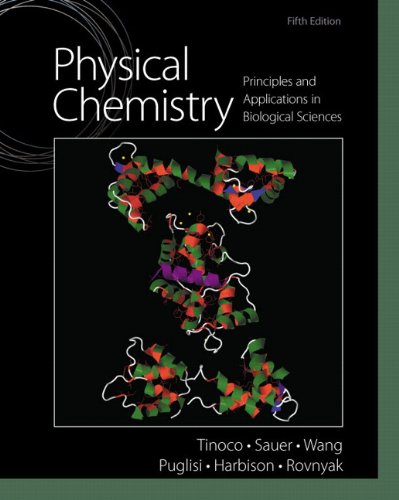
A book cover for Physical Chemistry: Principles and Applications in Biological Sciences (5th Edition); Ignacio Tinoco Jr.; Medical Books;